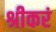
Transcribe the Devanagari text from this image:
श्रीकरं